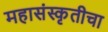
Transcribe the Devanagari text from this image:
महासंस्कृतीचा